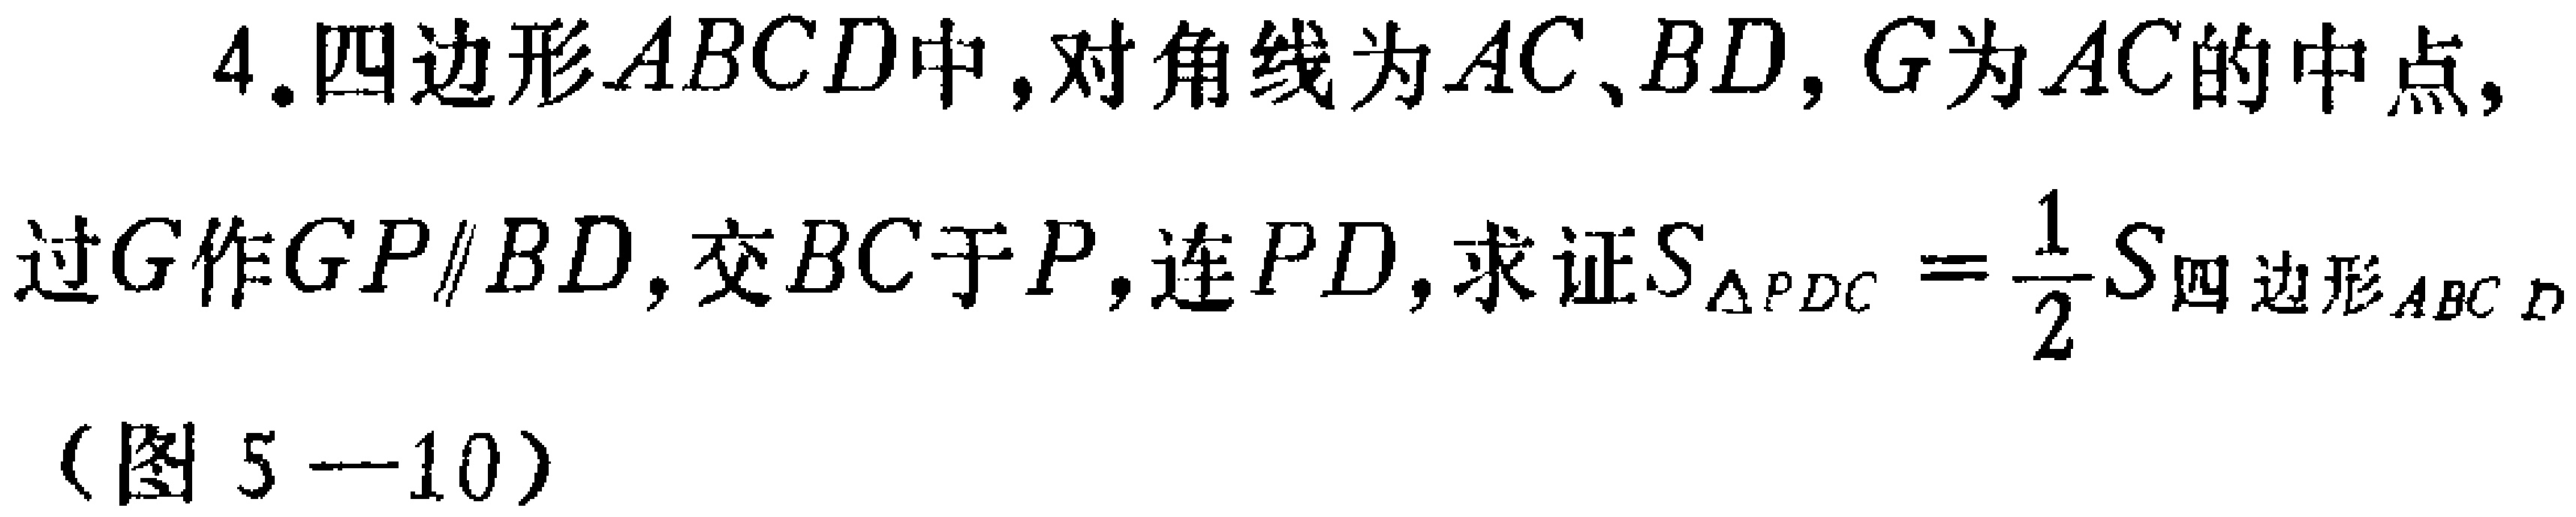
4. 四边形\(ABCD\)中，对角线为\(AC\)、\(BD\)，\(G\)为\(AC\)的中点，

过\(G\)作\(GP\parallel BD\)，交\(BC\)于\(P\)，连\(PD\)，求证\(S_{\triangle PDC}=\frac{1}{2}S_{四边形ABCD}\)

（图5—10）